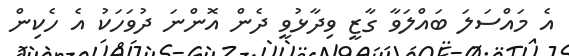
އެ މައްސަލަ ބައްލަވާ ގާޒީ ވިދާޅުވީ ދެން އޮންނަ ދުވަހަކު އެ ހެކިން